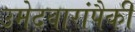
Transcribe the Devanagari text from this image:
उमेदवारांपैकी